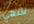
لننهي